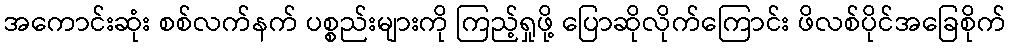
အကောင်းဆုံး စစ်လက်နက် ပစ္စည်းများကို ကြည့်ရှုဖို့ ပြောဆိုလိုက်ကြောင်း ဖိလစ်ပိုင်အခြေစိုက်